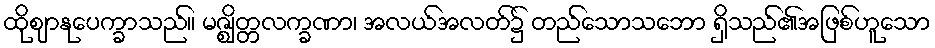
ထိုဈာနုပေက္ခာသည်။ မဇ္ဈိတ္တလက္ခဏာ၊ အလယ်အလတ်၌ တည်သောသဘော ရှိသည်၏အဖြစ်ဟူသော